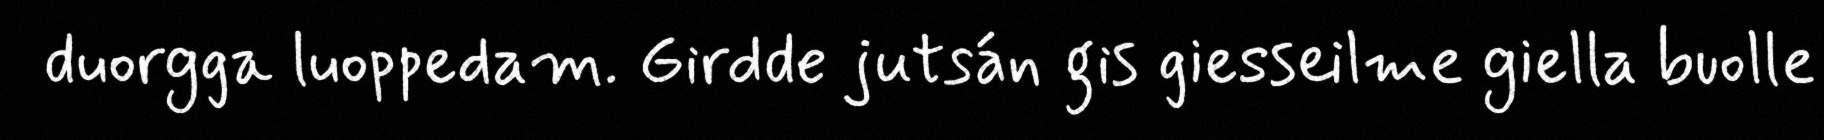
duorgga luoppedam. Girdde jutsán gis giesseilme giella buolle